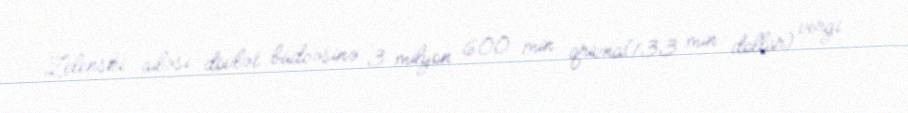
Zelenski ailəsi dövlət büdcəsinə 3 milyon 600 min qrivna(133 min dollar) vergi